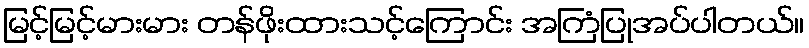
မြင့်မြင့်မားမား တန်ဖိုးထားသင့်ကြောင်း အကြံပြုအပ်ပါတယ်။